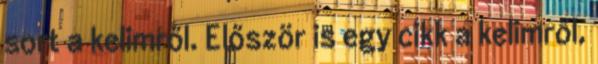
sort a kelimről. Először is egy cikk a kelimről,